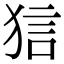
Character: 狺